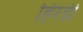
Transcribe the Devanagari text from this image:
हिरडी